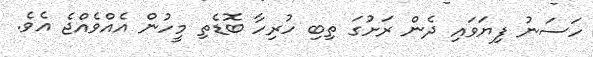
ހަސަނު ފިޔަވައި ދެން ރަށުގަ ތިބި ހުރިހާ ބޮޑެތި މީހުން އެއްވެއްޖެ އެވެ.